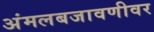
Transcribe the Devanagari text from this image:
अंमलबजावणीवर